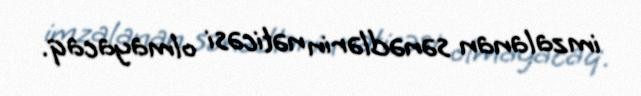
imzalanan sənədlərin nəticəsi olmayacaq.